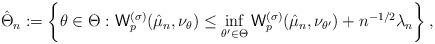
LaTeX: \begin{align*} \hat \Theta_n:= \left\{\theta\in \Theta: {\sf W}_p^{(\sigma)}(\hat\mu_n,\nu_{\theta})\leq \inf_{\theta'\in \Theta} {\sf W}_p^{(\sigma)}(\hat\mu_n,\nu_{\theta'})+n^{-1/2}\lambda_n \right\}, \end{align*}